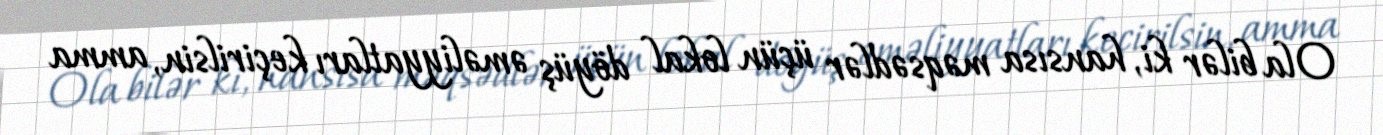
Ola bilər ki, hansısa məqsədlər üçün lokal döyüş əməliyyatları keçirilsin, amma